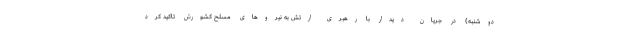
دوشنبه) در جریان دیدار با رهبری ارتش به نیروهای مسلح کشورش تاکید کرد